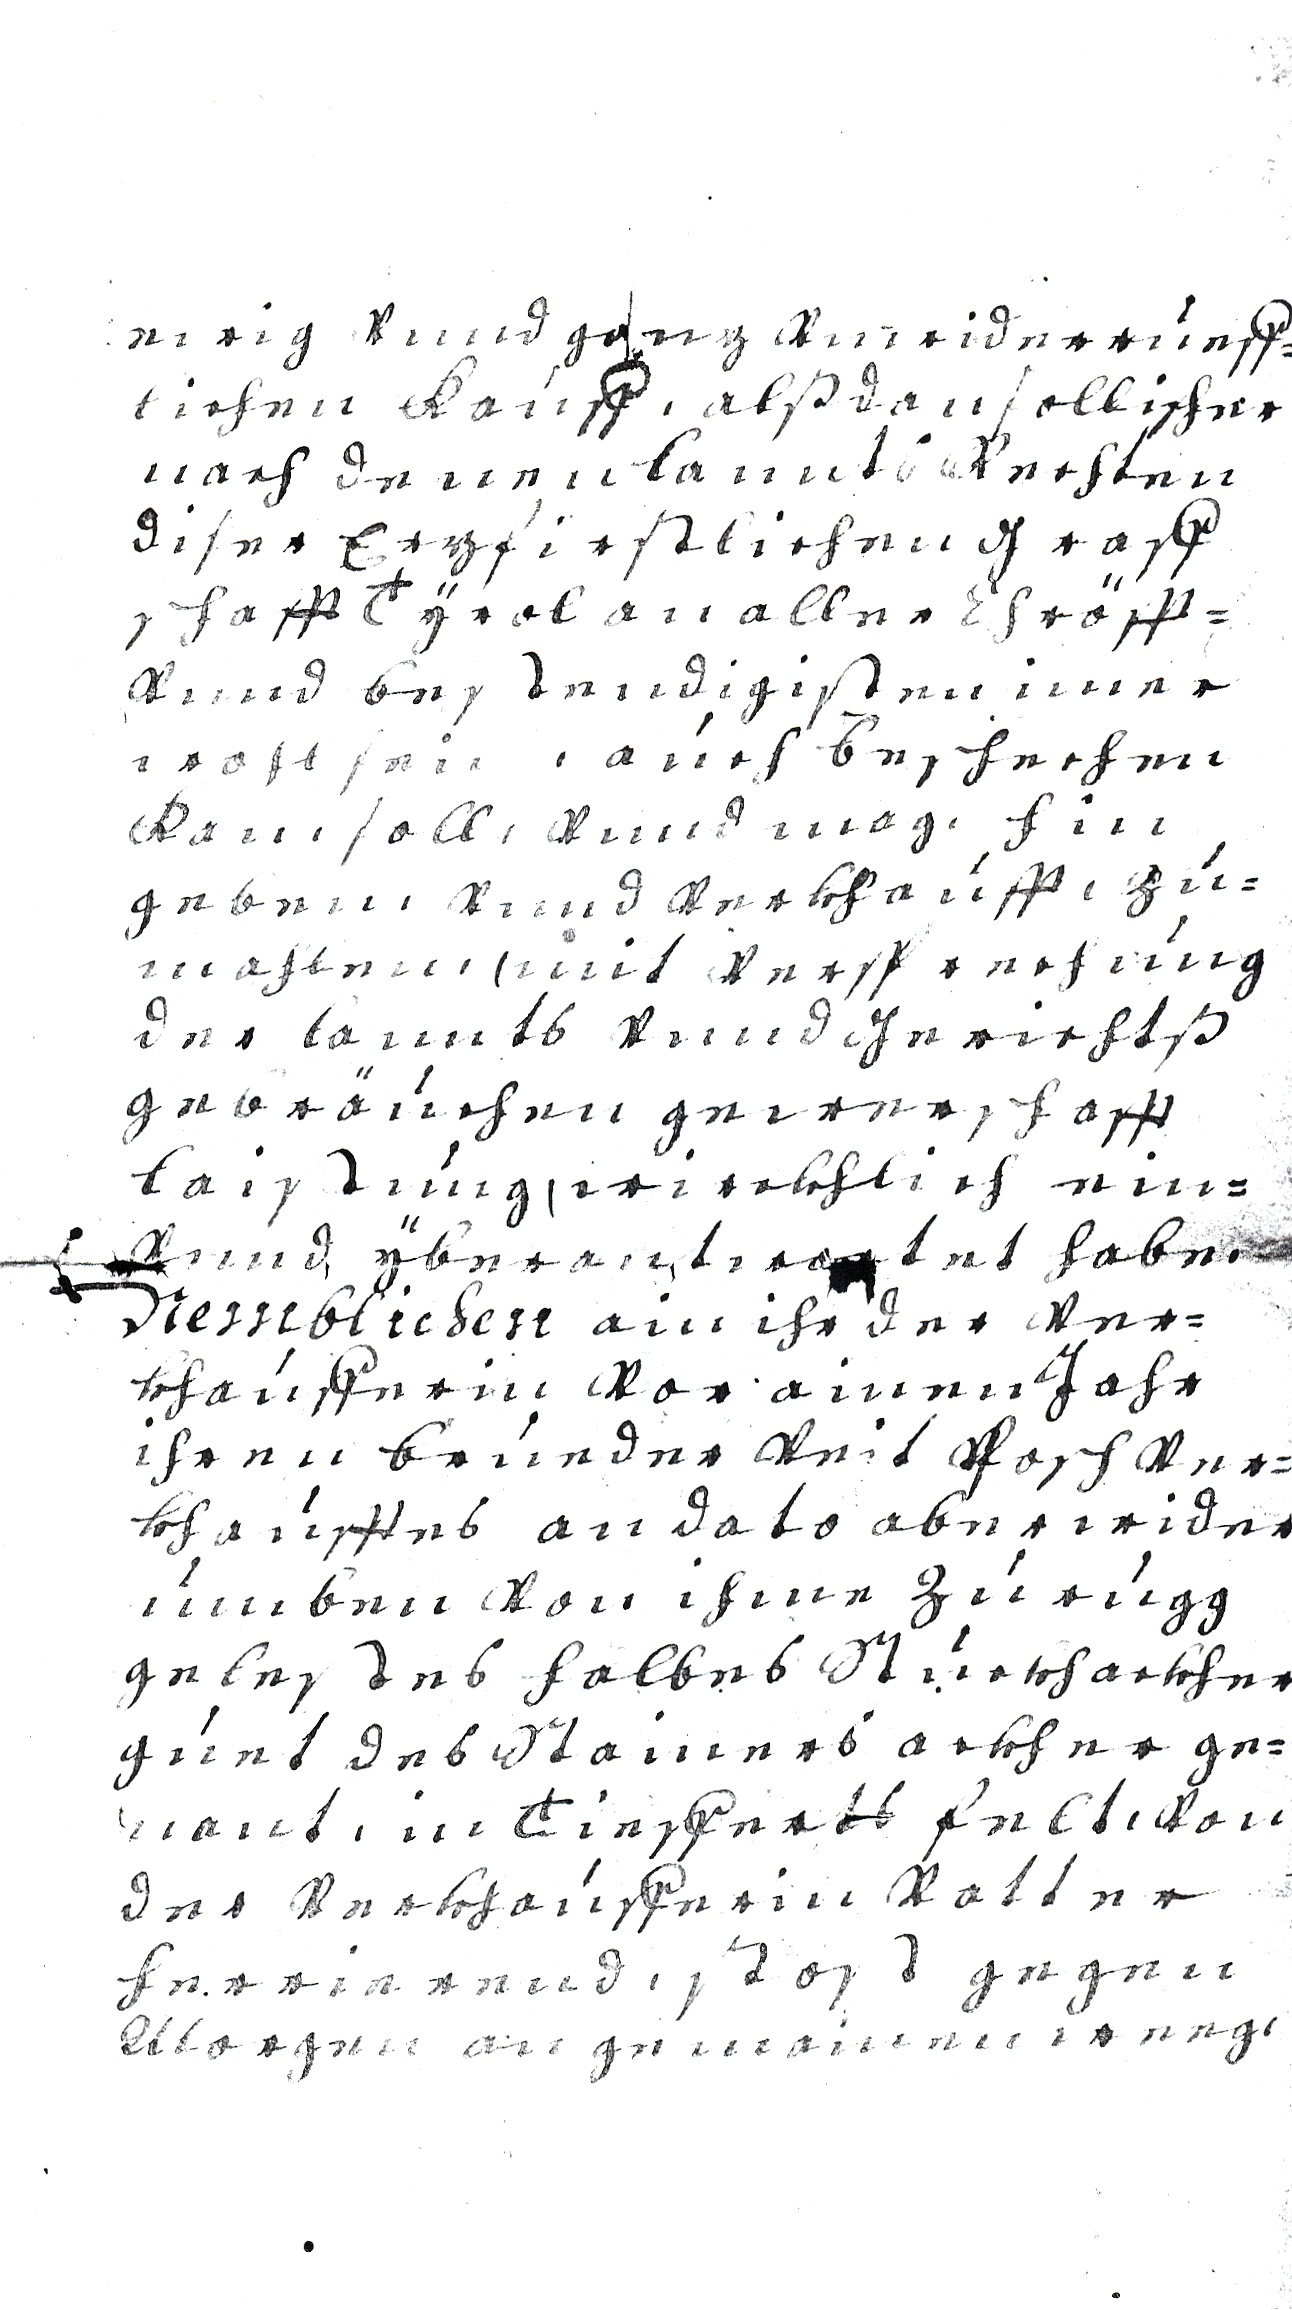
ewig vnnd ganz vnwiderrúeff-
lichen Kaúff, alß dan sollicher
nach denen Lannts Rechten
diser Erzfirstlichen Graff
schafft Tÿrol an aller Chröfft
vnnd bestendigisten imer
wohl xxx, aúch beschechen
Kan, soll, vnnd mag, hin
geben, vnnd verkhaúff, zú¬
mahl ein, mit versprechúng
der Lannts vnnd Gerichtß
gebräúchen gewerschafft
laistúng, wirckhlich ein¬
vnnd ÿberantwortet habe,
Nemblichen ain ihr der ver¬
khaúfferin vor ainen Jahr
ihren brúeder Veit Posch ver¬
khaúfftes an dato aber wider
úmben von ihme zúrúgg
gelestes halbes Stúekh ackher
gúet des Stainers ackher ge¬
nant, in Tiefferts felt, von
der Verkhaúfferin Vatter
herrierend, stost gegen
Morgen an gemainen Wege